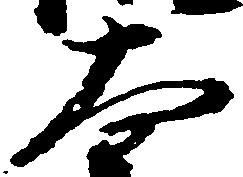
大